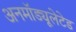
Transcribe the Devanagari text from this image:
अनमॉड्यूलेटेड